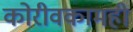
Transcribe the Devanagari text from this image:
कोरीवकामही